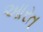
આરત